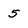
Character: 5